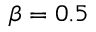
\beta = 0 . 5